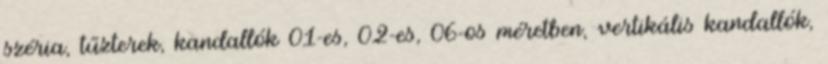
széria, tűzterek, kandallók 01-es, 02-es, 06-os méretben, vertikális kandallók,